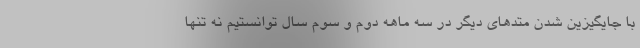
با جایگیزین شدن متدهای دیگر در سه ماهه دوم و سوم سال توانستیم نه تنها